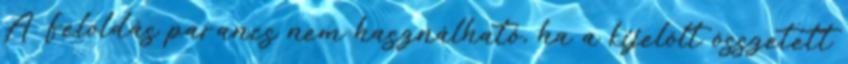
A Feloldás parancs nem használható, ha a kijelölt összetett